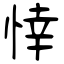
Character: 悻